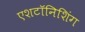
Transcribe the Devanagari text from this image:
एशटॉनिशिंग